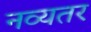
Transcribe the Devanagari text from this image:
नव्यतर